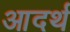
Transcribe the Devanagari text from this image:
आदर्थ